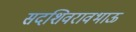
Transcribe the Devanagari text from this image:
सदशिवरावभाऊ